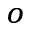
^ o